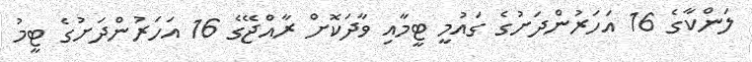
ލަންކާގެ 16 އަހަރުންދަށުގެ ގައުމީ ޓީމާއި ވާދަކޮށް ރާއްޖޭގެ 16 އަހަރުންދަށުގެ ޓީމު